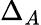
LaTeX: \Delta_{A}